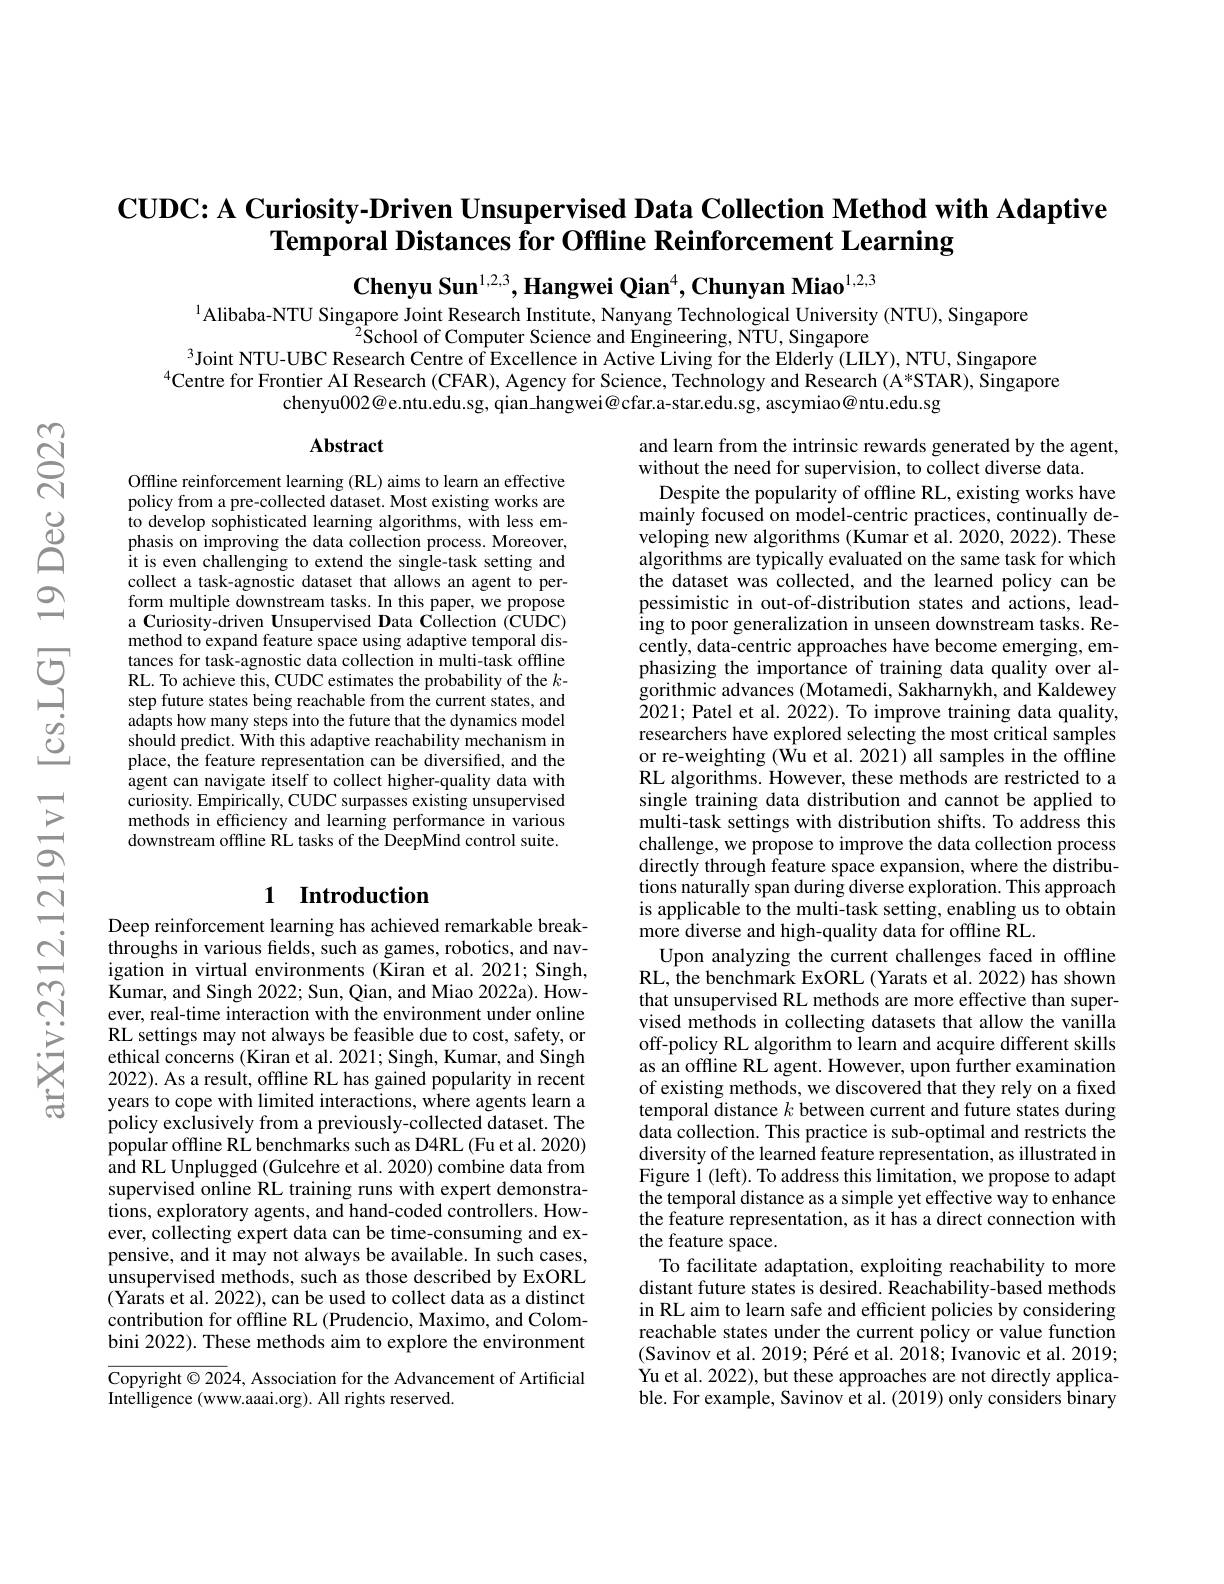
$\textbf{CUDC: A Curiosity- Driven Unsupervised Data Collection Method with Adaptive}$
Temporal Distances for Offline Reinforcement Learning

Chenyu Sun$^{1,2,3},\textbf{Hangwei Qian}^4,\textbf{Chunyan Miao}^{1,2,3}$

$^{1}$Alibaba-NTU Singapore Joint Research Institute, Nanyang Technological University (NTU), Singapore
$^{2}$School of Computer Science and Engineering, NTU, Singapore
$^{3}$Joint NTU-UBC Research Centre of Excellence in Active Living for the Elderly (LILY), NTU, Singapore
$^{4}$Centre for Frontier AI Research (CFAR), Agency for Science, Technology and Research (A*STAR), Singapore
chenyu002@e.ntu.edu.sg, qian\_hangwei@cfar.a-star.edu.sg, ascymiao@ntu.edu.sg

## Abstract

Offline reinforcement learning (RL) aims to learn an effective policy from a pre-collected dataset. Most existing works are to develop sophisticated learning algorithms, with less emphasis on improving the data collection process. Moreover, it is even challenging to extend the single-task setting and collect a task-agnostic dataset that allows an agent to perform multiple downstream tasks. In this paper, we propose a Curiosity-driven Unsupervised Data Collection (CUDC) method to expand feature space using adaptive temporal distances for task-agnostic data collection in multi-task offline RL. To achieve this, CUDC estimates the probability of the $k$- step future states being reachable from the current states, and adapts how many steps into the future that the dynamics model should predict. With this adaptive reachability mechanism in place, the feature representation can be diversified, and the agent can navigate itself to collect higher-quality data with curiosity. Empirically, CUDC surpasses existing unsupervised methods in efficiency and learning performance in various downstream offline RL tasks of the DeepMind control suite.

## 1 Introduction

and learn from the intrinsic rewards generated by the agent,
without the need for supervision, to collect diverse data.
Despite the popularity of offline RL, existing works have mainly focused on model-centric practices, continually developing new algorithms (Kumar et al. 2020, 2022). These algorithms are typically evaluated on the same task for which the dataset was collected, and the learned policy can be pessimistic in out-of-distribution states and actions, leading to poor generalization in unseen downstream tasks. Recently, data-centric approaches have become emerging, emphasizing the importance of training data quality over algorithmic advances (Motamedi, Sakharnykh, and Kaldewey 2021; Patel et al. 2022). To improve training data quality, researchers have explored selecting the most critical samples or re-weighting (Wu et al. 2021) all samples in the offline RL algorithms. However, these methods are restricted to a single training data distribution and cannot be applied to multi-task settings with distribution shifts. To address this challenge, we propose to improve the data collection process directly through feature space expansion, where the distributions naturally span during diverse exploration. This approach is applicable to the multi-task setting, enabling us to obtain more diverse and high-quality data for offline RL.
Upon analyzing the current challenges faced in offline RL, the benchmark ExORL (Yarats et al. 2022) has shown that unsupervised RL methods are more effective than supervised methods in collecting datasets that allow the vanilla off-policy RL algorithm to learn and acquire different skills as an offline RL agent. However, upon further examination of existing methods, we discovered that they rely on a fixed temporal distance $k$ between current and future states during data collection. This practice is sub-optimal and restricts the diversity of the learned feature representation, as illustrated in Figure $\tilde{1}$(left). To address this limitation, we propose to adapt the temporal distance as a simple yet effective way to enhance the feature representation, as it has a direct connection with the feature space.
To facilitate adaptation, exploiting reachability to more distant future states is desired. Reachability-based methods in RL aim to learn safe and efficient policies by considering reachable states under the current policy or value function (Savinov et al. 2019; Péré et al. 2018; Ivanovic et al. 2019; Yu et al. 2022), but these approaches are not directly applicable. For example, Savinov et al. (2019) only considers binary

Deep reinforcement learning has achieved remarkable breakthroughs in various fields, such as games, robotics, and navigation in virtual environments (Kiran et al.2021; Singh, Kumar, and Singh 2022; Sun, Qian, and Miao 2022a). However, real-time interaction with the environment under online RL settings may not always be feasible due to cost, safety, or ethical concerns (Kiran et al. 2021; Singh, Kumar, and Singh 2022). As a result, offline RL has gained popularity in recent years to cope with limited interactions, where agents learn a policy exclusively from a previously-collected dataset. The popular offline RL benchmarks such as D4RL (Fu et al. 2020) and RL Unplugged (Gulcehre et al. 2020) combine data from supervised online RL training runs with expert demonstrations, exploratory agents, and hand-coded controllers. However, collecting expert data can be time-consuming and expensive, and it may not always be available. In such cases, unsupervised methods, such as those described by ExORL (Yarats et al. 2022), can be used to collect data as a distinct contribution for offline RL (Prudencio, Maximo, and Colombini 2022). These methods aim to explore the environment

Copyright $\odot2024$, Association for the Advancement of Artificial
Intelligence (www.aaai.org). All rights reserved.